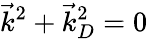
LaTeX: {\vec{k}}^{2}+{\vec{k}}_{D}^{2}=0